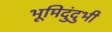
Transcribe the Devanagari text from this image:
भूमिदुंदुभी